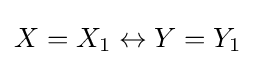
X=X_{1}\leftrightarrow Y=Y_{1}